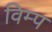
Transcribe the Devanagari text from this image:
विम्प